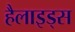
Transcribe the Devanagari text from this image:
हैलाइड्स